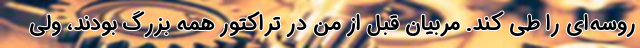
روسه‌ای را طی کند. مربیان قبل از من در تراکتور همه بزرگ بودند، ولی